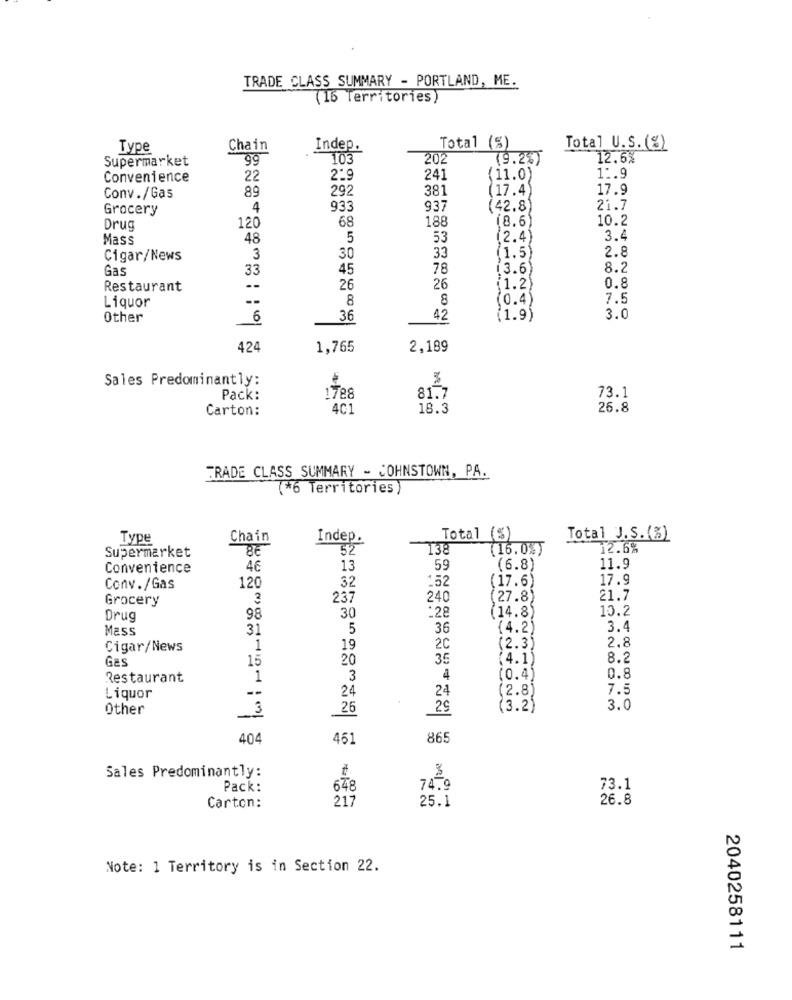
TRADE CLASS SUMMARY - PORTLAND, ME.
(16 Territories)
Type
Chain
Indep.
Total (5)
Total U.S. (%)
Supermarket
99
103
20
(9.2%)
12.6%
Convenience
22
2-9
241
(11.0)
1 :. 9
89
292
381
(17.4
17.9
Conv./Gas
Grocery
4
933
937
(42.8)
21.7
68
188
10.2
Drug
120
(8.6
Mass
48
5
53
(2.4
3.4
2.8
Cigar/News
3
30
33
(1.5)
Gas
33
45
78
[3.6
8.2
0.8
Restaurant
26
26
(1.2)
FISION
8
8
(0.4)
7.5
Liquor
Other
6
36
42
(1.9)
3.0
424
1,765
2,189
Sales Predominantly:
73.1
Pack:
1788
81.7
Carton:
4C1
18.3
26.8
TRADE CLASS SUMMARY - JOHNSTOWN, PA.
(*6 Territories)
Type
Chain
Indep.
Total (%)
Total J.S.(%)
52
138
(16.0%)
12.6%
Supermarket
Convenience
46
13
59
(6.8)
11.9
152
17.9
Conv./Gas
120
32
(17.6)
Grocery
3
237
240
(27.8)
21.7
10.2
Drug
98
30
:28
(14.8)
Mass
31
5
36
(4.2)
3.4
Cigar/News
1
19
2C
(2.3)
2.8
Gas
15
20
35
(4.1)
8.2
Restaurant
1
3
4
(0.4)
0.8
--
24
24
(2.8)
7.5
Liquor
Other
3
26
29
(3.2)
3.0
404
451
865
Sales Predominantly:
Pack:
648
74.9
73.1
217
25.1
26.8
Carton:
Note: 1 Territory is in Section 22.
2040258111